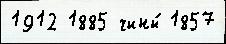
1912 1885 чины́ 1857